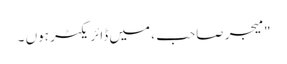
" میجر صاحب ، میں ڈائریکٹر ہوں ۔